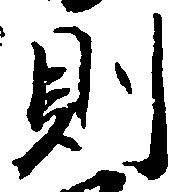
則